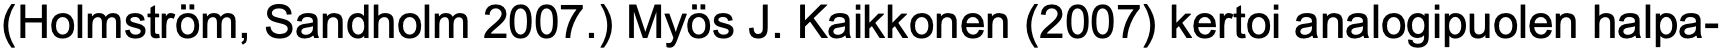
(Holmström, Sandholm 2007.) Myös J. Kaikkonen (2007) kertoi analogipuolen halpa-